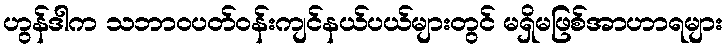
ဟွန်ဒါက သဘာဝပတ်ဝန်းကျင်နယ်ပယ်များတွင် မရှိမဖြစ်အာဟာရများ